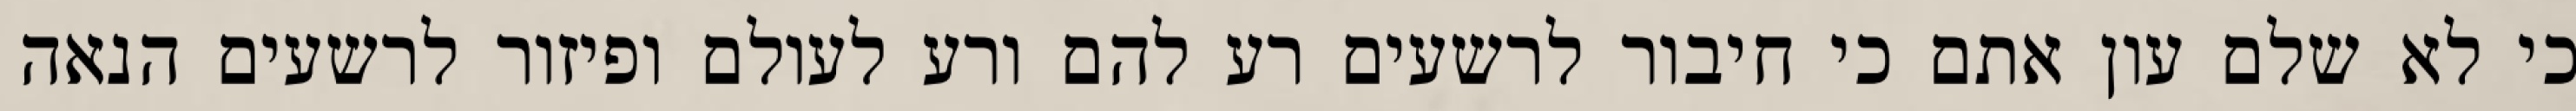
כי לא שלם עון אתם כי חיבור לרשעים רע להם ורע לעולם ופיזור לרשעים הנאה